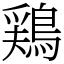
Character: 鶏